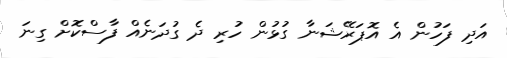
އަދި ފަހުން އެ އޮޕަރޭޝަނާ ގުޅުން ހުރި ދެ ގުދަނެއް ފާސްކޮށް ގިނަ